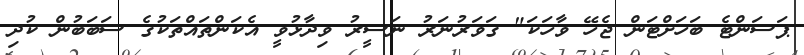
ޕަސަންޓެ ބަހަށްޓަން ޖެހޭ ވާހަކަ" ގަވަރުނަރު ނަސީރު ވިދާޅުވީ އެކަންތައްތަކުގެ ސަބަބުން ކުދި